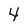
Character: 4